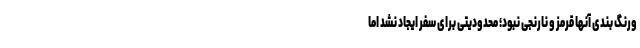
ورنگ بندی آنها قرمز و نارنجی نبود؛ محدودیتی برای سفر ایجاد نشد اما